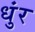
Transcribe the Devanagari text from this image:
धुंर